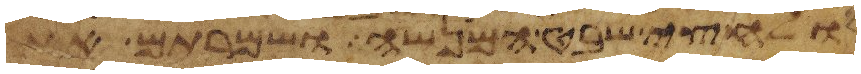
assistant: ולחצי שבט המנשה ושמרתם את